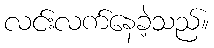
လင်းလက်နေခဲ့သည်။